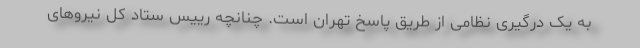
به یک درگیری نظامی از طریق پاسخ تهران است. چنانچه رییس ستاد کل نیروهای